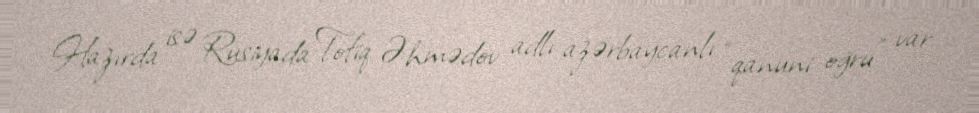
Hazırda isə Rusiyada Tofiq Əhmədov adlı azərbaycanlı “qanuni oğru” var: